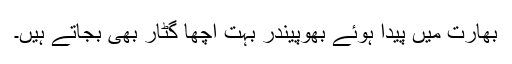
بھارت میں پیدا ہوئے بھُوپینْدْر بہُت اچھّا گِٹار بھی بجاتے ہَیں۔